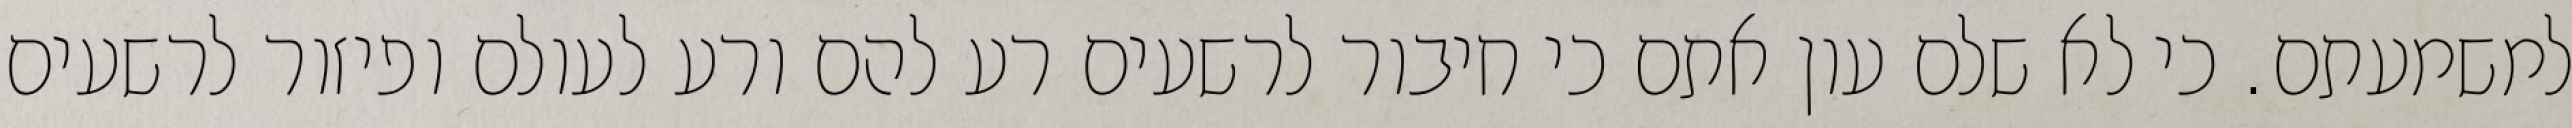
למשמעתם. כי לא שלם עון אתם כי חיבור לרשעים רע להם ורע לעולם ופיזור לרשעים